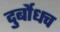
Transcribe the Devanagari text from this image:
दुर्बोधच